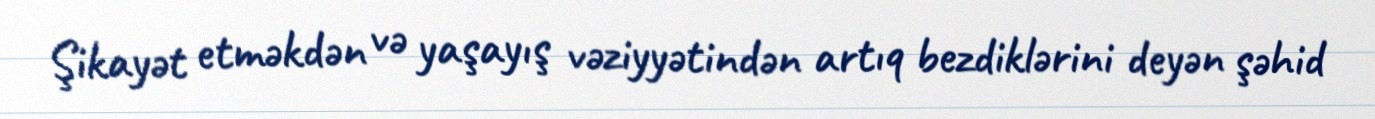
Şikayət etməkdən və yaşayış vəziyyətindən artıq bezdiklərini deyən şəhid